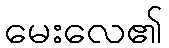
မေးလေ၏